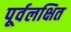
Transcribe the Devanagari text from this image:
पूर्वलक्षित